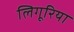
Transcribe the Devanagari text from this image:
लिगूरिया